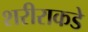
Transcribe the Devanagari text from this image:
शरीराकडे